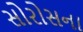
સોરોસના